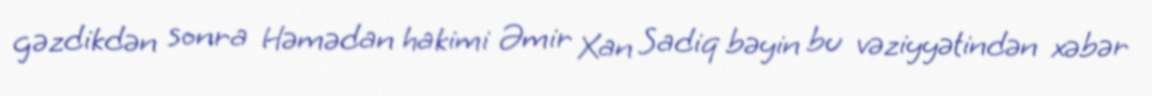
gəzdikdən sonra Həmədan hakimi Əmir Xan Sadiq bəyin bu vəziyyətindən xəbər